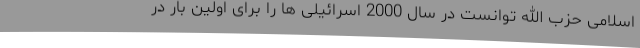
اسلامی حزب الله توانست در سال 2000 اسرائیلی ها را برای اولین بار در